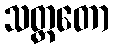
သတ္ထတော